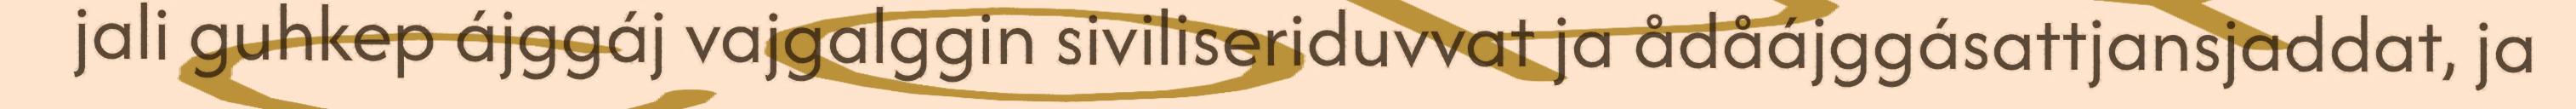
jali guhkep ájggáj vajgalggin siviliseriduvvat ja ådåájggásattjansjaddat, ja